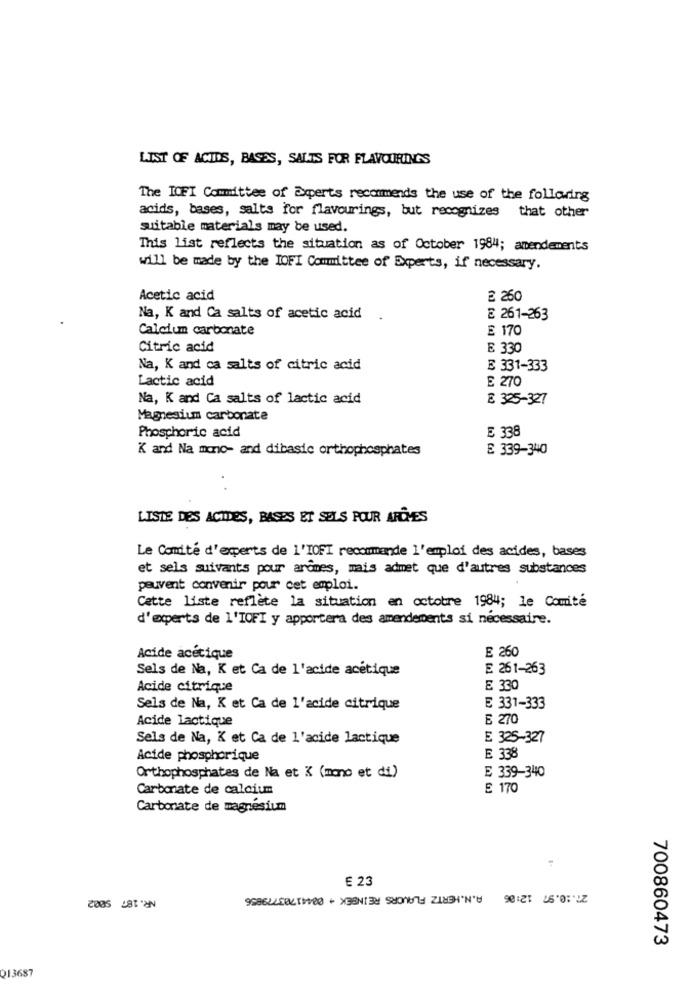
LIST OF ACIDS, BASES, SALTS FOR FLAVOURINGS
The IOFI Committee of Experts recommends the use of the follaring
acids, bases, salts for flavourings, but recognizes that other
suitable materials may be used.
This list reflects the situation as of October 1984; amendements
will be made by the LOFT Committee of Experts, if necessary.
Acetic acid
₴ 260
Na, K and Ca salts of acetic acid
E 261-263
Calcium carbonate
£ 170
Citric acid
E 330
Na, K and ca salts of citric acid
E 331-333
Lactic acid
E 270
Na, K and Ca salts of lactic acid
E 325-327
Magnesium carbonate
E 338
Phosphoric acid
K and Na mono- and dibasic orthophosphates
E 339-340
LISTE DES ACIDES, BASES ET SELS POUR AFLYES
Le Comité d'experts de l'IOFT recommande l'emploi des acides, bases
et sels suivants pour arômes, mais admet que d'autres substances
peuvent convenir pour cet emploi.
Cette liste reflète la situation en octobre 1984; le Comité
d'experts de l'IOFI y apportera des amendements si nécessaire.
E 260
Acide acétique
Sels de Na, K et Ca de l'acide acétique
E 261-263
Acide citrique
E 330
Sels de Na, K et Ca de l'acide citrique
E 331-333
Acide lactique
E 270
Sels de Na, K et Ca de l'acide lactique
E 325-327
Acide phosphorique
E 338
E 339-340
Orthophosphates de Na et K (mono et di)
Carbonate de calcium
E 170
Carbonate de magnésium
€ 23
27.10.97 12:06 A.N.HERTZ FLAVORS REINBEK + 00441703779856
700860473
013687